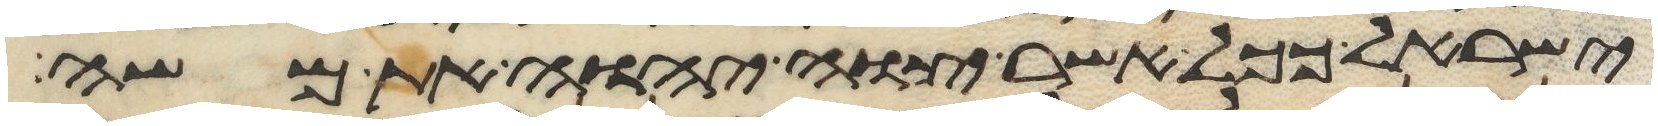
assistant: ישראל ככל אשר צוה יהוה את משה